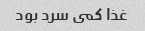
غذا کمى سرد بود